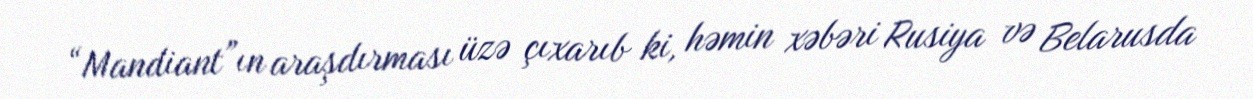
“Mandiant”ın araşdırması üzə çıxarıb ki, həmin xəbəri Rusiya və Belarusda